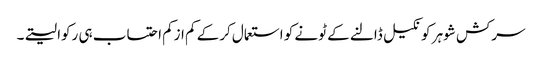
سرکش شوہر کو نکیل ڈالنے کے ٹونے کو استعمال کرکے کم ازکم احتساب ہی رکوا لیتے۔